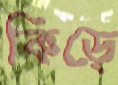
কিড়ে